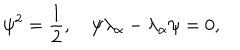
LaTeX: \psi ^ { 2 } = { \frac { 1 } { 2 } } , \quad \psi \lambda _ { \alpha } - \lambda _ { \alpha } \psi = 0 ,